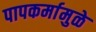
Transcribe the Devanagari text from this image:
पापकर्मामुळे